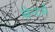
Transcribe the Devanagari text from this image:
सेन्टर्स